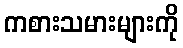
ကစားသမားများကို